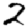
Digit: 2